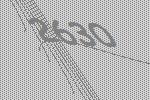
2630